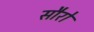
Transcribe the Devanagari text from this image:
सौरो